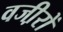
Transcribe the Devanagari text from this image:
वजी़रों